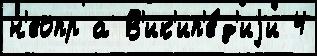
н'еопр а В'ик'ип'е́д'иjи 4